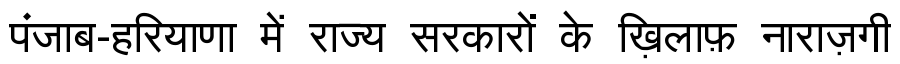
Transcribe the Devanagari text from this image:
पंजाब-हरियाणा में राज्य सरकारों के ख़िलाफ़ नाराज़गी